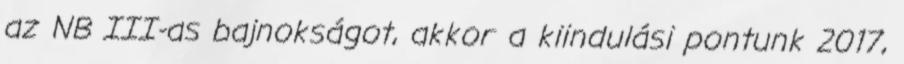
az NB III-as bajnokságot, akkor a kiindulási pontunk 2017,